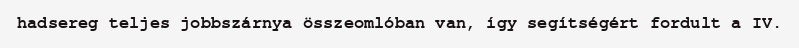
hadsereg teljes jobbszárnya összeomlóban van, így segítségért fordult a IV.